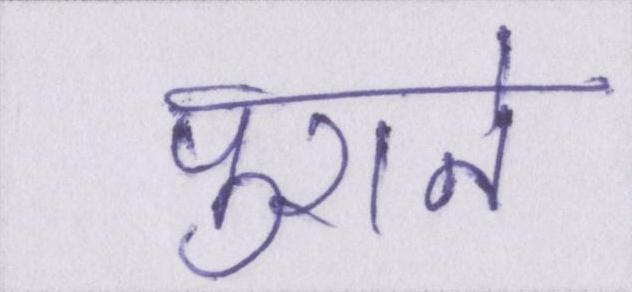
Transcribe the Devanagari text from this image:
पुराने